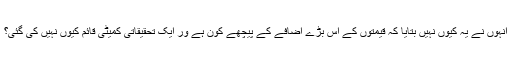
انہوں نے یہ کیوں نہیں بتایا کہ قیمتوں کے اس بڑے اضافے کے پیچھے کون ہے ور ایک تحقیقاتی کمیٹی قائم کیوں نہیں کی گئی؟